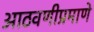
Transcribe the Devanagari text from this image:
आठवणीप्रमाणे